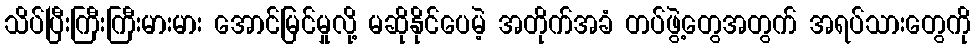
သိပ်ပြီးကြီးကြီးမားမား အောင်မြင်မှုလို့ မဆိုနိုင်ပေမဲ့ အတိုက်အခံ တပ်ဖွဲ့တွေအတွက် အရပ်သားတွေကို